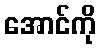
အောင်ကို